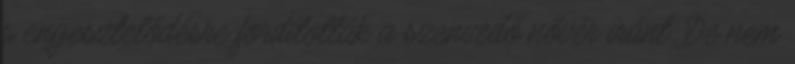
s engesztelődésre fordították a szenvedő nővér iránt. De nem